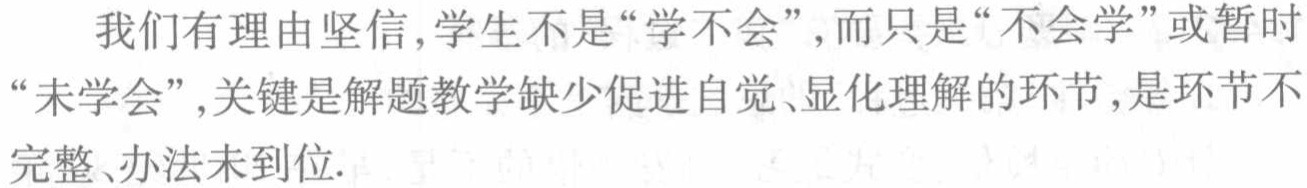
我们有理由坚信,学生不是“学不会”,而只是“不会学”或暂时“未学会”,关键是解题教学缺少促进自觉、显化理解的环节,是环节不完整、办法未到位.